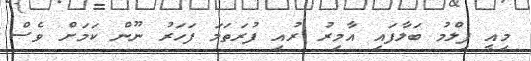
މިއީ ފިލްމު ބަލާފައި އާމިރު ރުއި ފުރަތަމަ ފަހަރު ނޫން ކަމަށް ވެސް